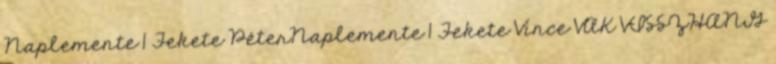
Naplemente 1 Fekete PéterNaplemente 1 Fekete Vince VAK VISSZHANG